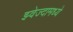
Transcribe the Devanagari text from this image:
झ्वेज्दामध्ये